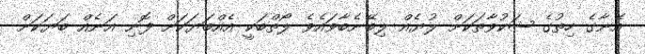
އޭނާގެ ހިތުގެ ޝަކުވާތަކަށް ލުޔެއް ލިބޭނެބާވައެވެ ލޯތްބަކީ އެއްބަޔަކަށް ފޮނި އަނެއް ބަޔަކަށް